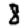
Digit: 8